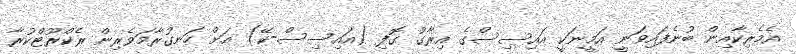
އެމެރިކާއިން ބުނެފައިވަނީ އަމީނަކީ އައިސިސްގެ އިރާގު ގޮފި (އައިސިސް-ކޭ) އަށް ހަނގުރާމަވެރިން ރެކްރޫޓްކުރާ